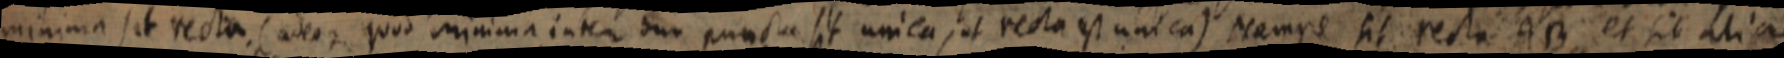
minima sit recta (adeoque quod minima inter duo punctae sit unica, et recta est unica) Nempe sit recta AB et sit alia